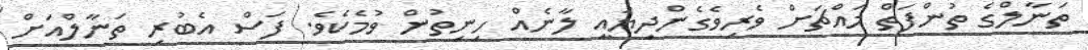
ތަނާލްގެ ތުންފަތް މައްޗަށް ވެރިވެގެންދިޔައީ ލާނެއް ހިނިތުން ވުމެކެވެ. ފަސް އެބުރި ތަނާލްއަށް